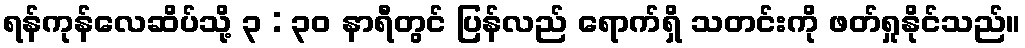
ရန်ကုန်လေဆိပ်သို့ ၃ : ၃၀ နာရီတွင် ပြန်လည် ရောက်ရှိ သတင်းကို ဖတ်ရှုနိုင်သည်။